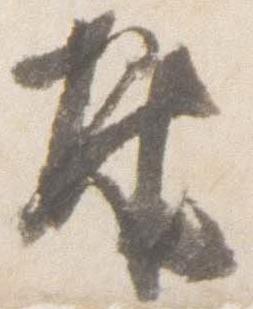
奉